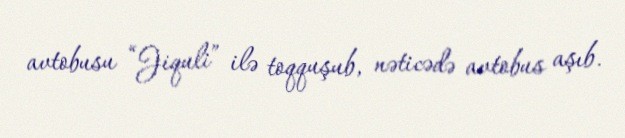
avtobusu “Jiquli” ilə toqquşub, nəticədə avtobus aşıb.